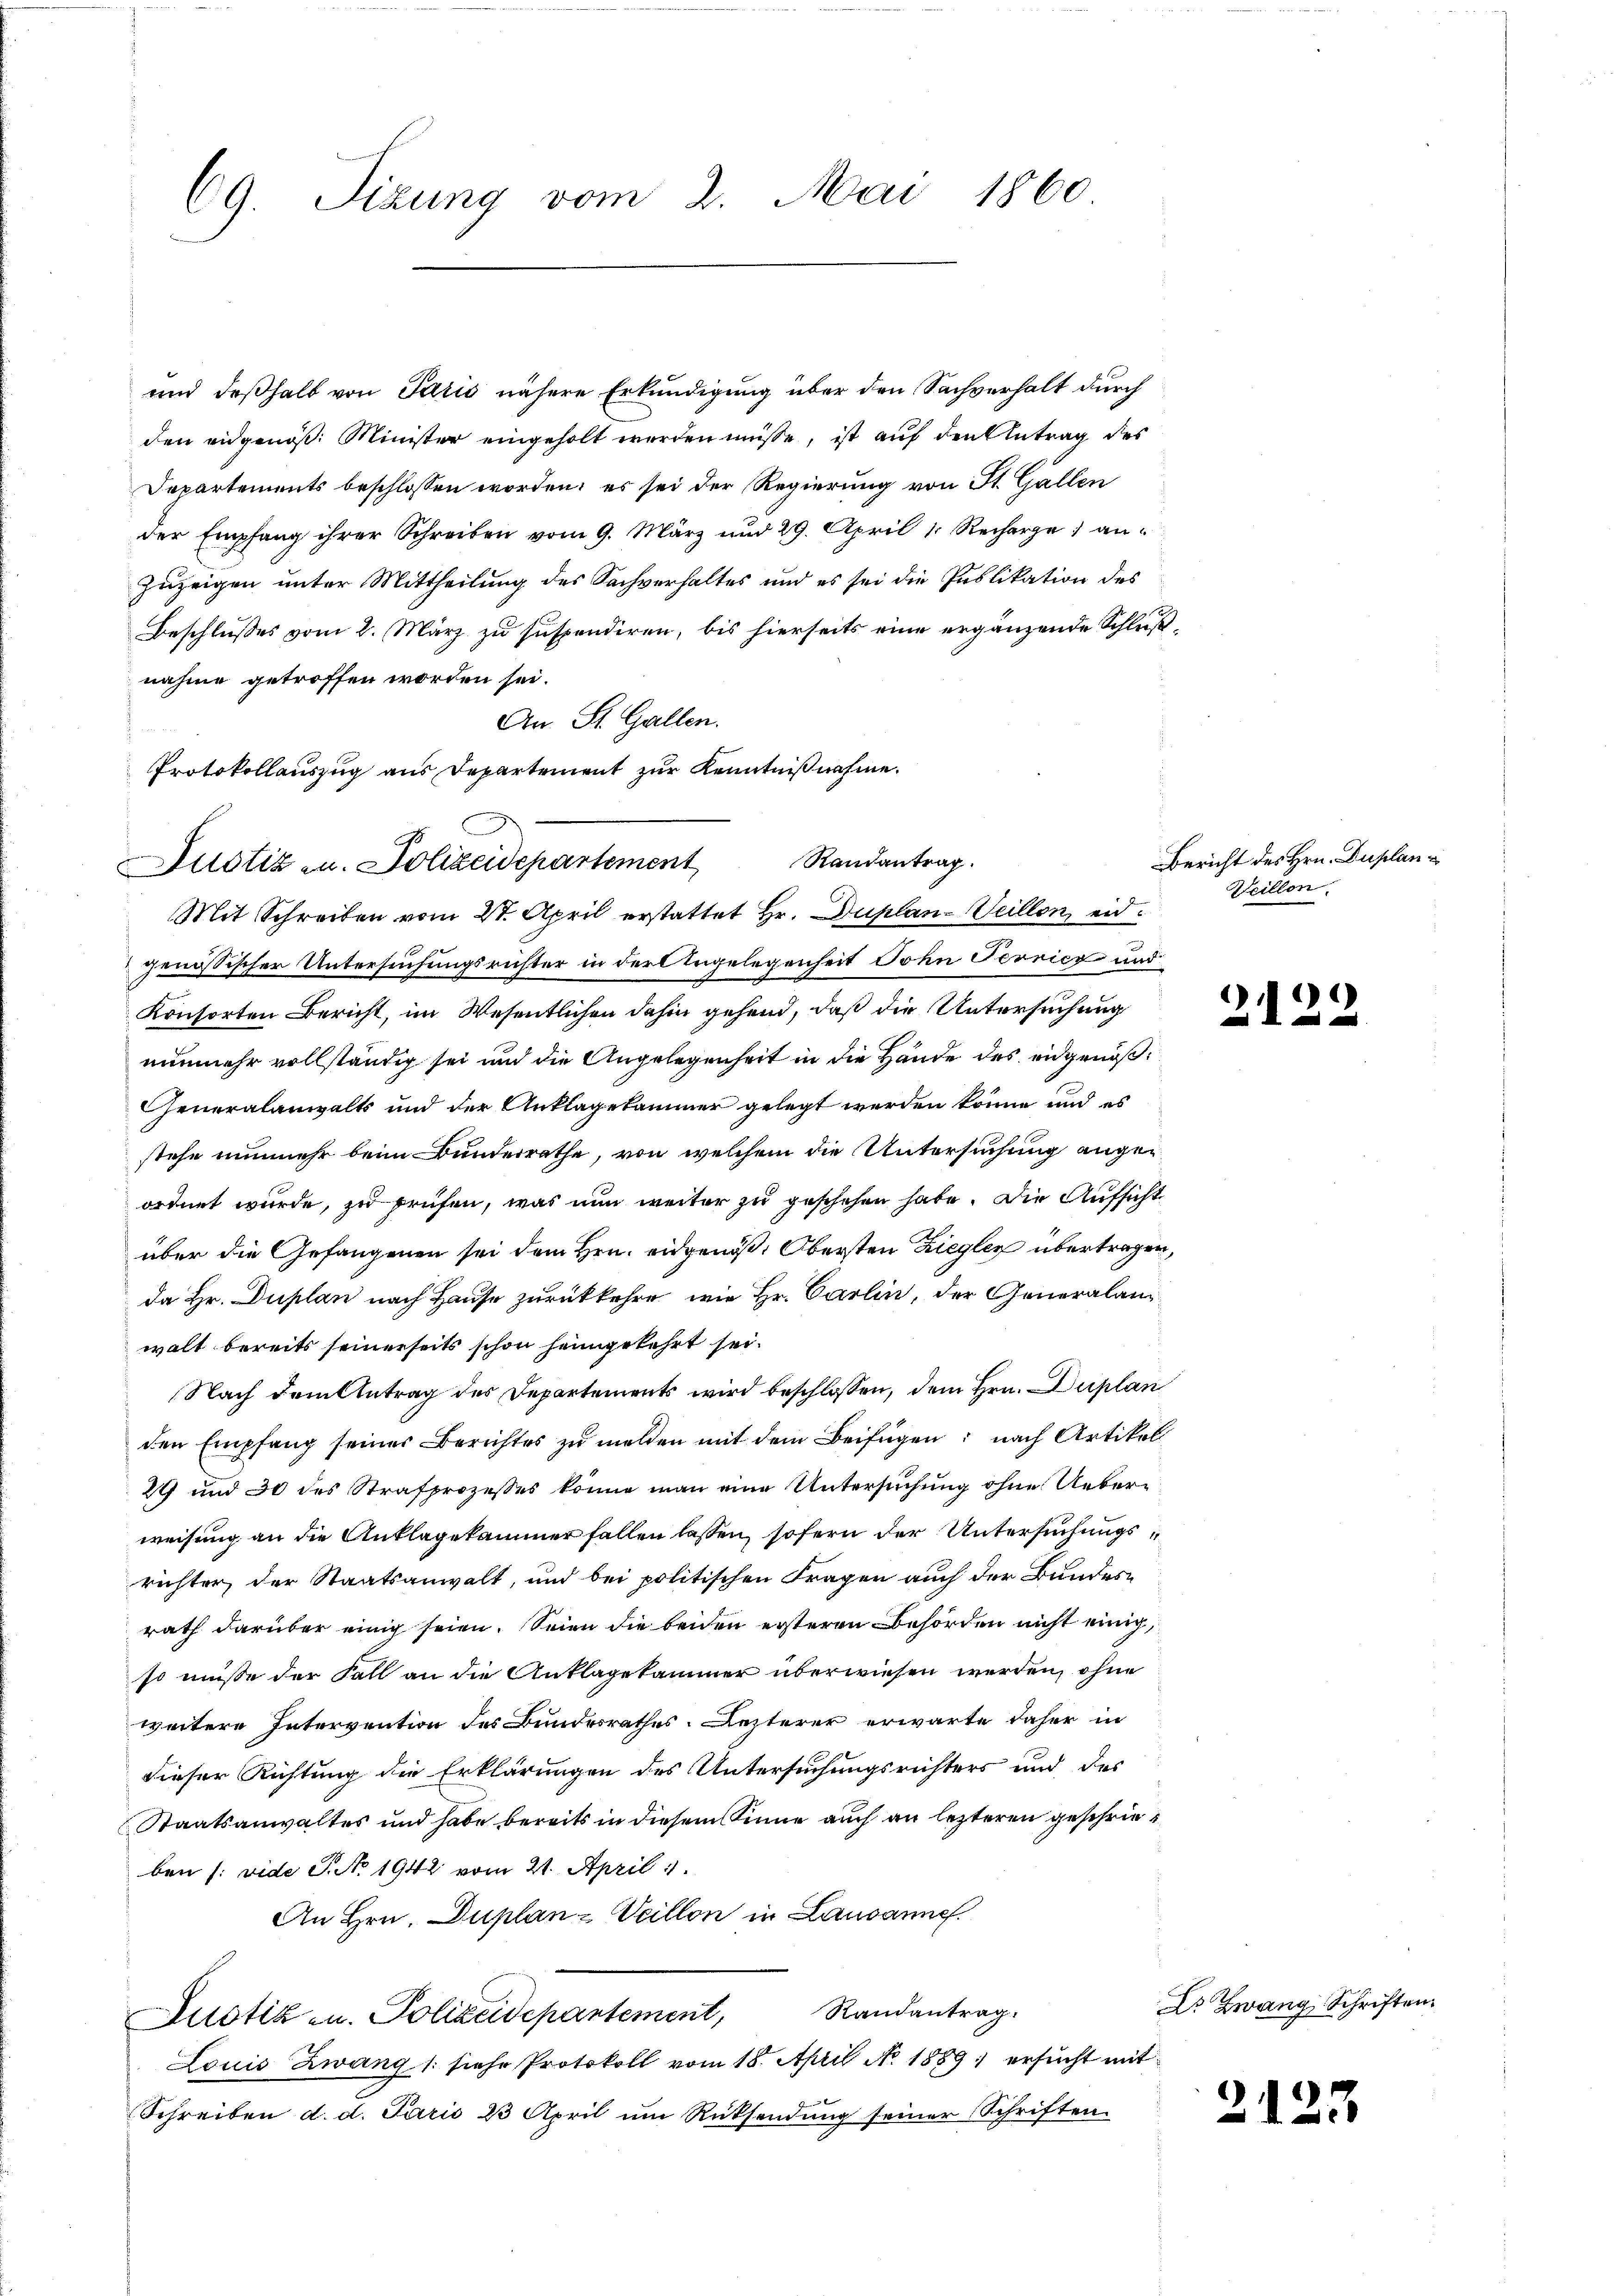
und deßhalb von Paris nähere Erkundigung über den Sachverhalt durch
den eidgenöß: Minister eingeholt werden müsse, ist auf den Antrag des
Departements beschlossen worden; es sei der Regierung von St. Gallen
der Empfang ihrer Schreiben vom 9. März und 29. April 1. Recharge an¬
Zuzeigen unter Mittheilung des Sachverhaltes und es sei die Publikation des
Beschlußes vom 2. März zu suspendiren, bis hierseits eine ergänzende Schlußnahme getroffen worden sei.
An St. Gallen.
Protokollauszug aus Departement zur Kenntnißnahme.
Mit Schreiben vom 27. April erstattet Hr. Duplan- Veillon, eidgenössischer Untersuchungsrichter in der Angelegenheit John Terricz und
Konsorten Bericht, im Wesentlichen dahin gehend, daß die Untersuchung
nunmehr vollständig sei und die Angelegenheit in die Hände des eidgenoß¬
Generalanwalts und der Anklagekammer gelegt werden könne und es
stehe nunmehr beim Bunderrathe, von welchem die Untersuchung angeordnet wurde, zu prüfen, was nun weiter zu geschehen habe. Die Aufsicht
über die Gefangenen sei dem Hrn. eidgenöß. Obersten Ziegler übertragen,
da Hr. Duplan nach Hause zurückkehre, wie Hr. Carlin, der Generalanwalt bereits seinerseits schon heimgekehrt sei.
Nach dem Antrag des Departements wird beschlossen, dem Hrn. Duplan
den Empfang seiner Berichtes zu melden mit dem Beifügen: nach Artikel
29 und 30 des Strafprozesses könne man eine Untersuchung ohne Ueberweisung an die Anklagekammer fallen lassen, sofern der Untersuchungsrichter der Staatsanwalt, und bei politischen Fragen auch der Bundesrath darüber einig seien. Seien die beiden ersteren Behörden nicht einig,
so müsse der Fall an die Anklagekammer überwiesen werden, ohne
weitere Intervention des Bundesrathes. Lezterer erwarte daher in
dieser Richtung die Erklärungen des Untersuchungsrichters und des
Staatsanwaltes und habe bereits in diesem Sinne auch an lezteren geschrieben (: vide G. No 1942 vom 21. April 1
An Hrn. Duplan- Veillon in Lausanne.
Justiz- u. Polizeidepartement, Randantrag.
Louis Zwang /: siehe Protokoll vom 18. April No. 1889 ersucht mit
Schreiben d. d. Paris 23 April um Rücksendung seiner Schriften

69. Sizung vom 2. Mai 1860

Justiz u. Polizeidepartement Randantrag.

Bericht des Hrn. Duplan¬
Weillon.

21

9

Dr Zwang Schriften.

2123